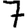
Digit: 7